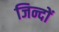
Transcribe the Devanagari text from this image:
जिन्दों